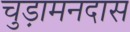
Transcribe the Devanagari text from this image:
चुड़ामनदास